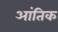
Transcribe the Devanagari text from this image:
आंतिक